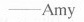
——Amy